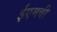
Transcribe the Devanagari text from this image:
ईएमवी